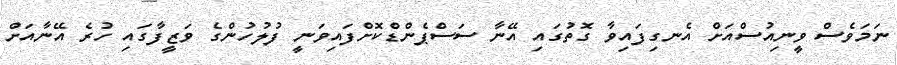
ނަމަވެސް ވީނިއުސްއަށް އެނގިފައިވާ ގޮތުގައި އޭނާ ސަސްޕެންޑްކޮށްފައިވަނީ ފުލުހުންގެ ވަޒީފާގައި ހުރެ އޭނާއަށް